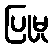
ပြုမှု